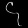
Digit: ၄